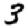
Digit: 3